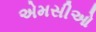
એમસીઓ